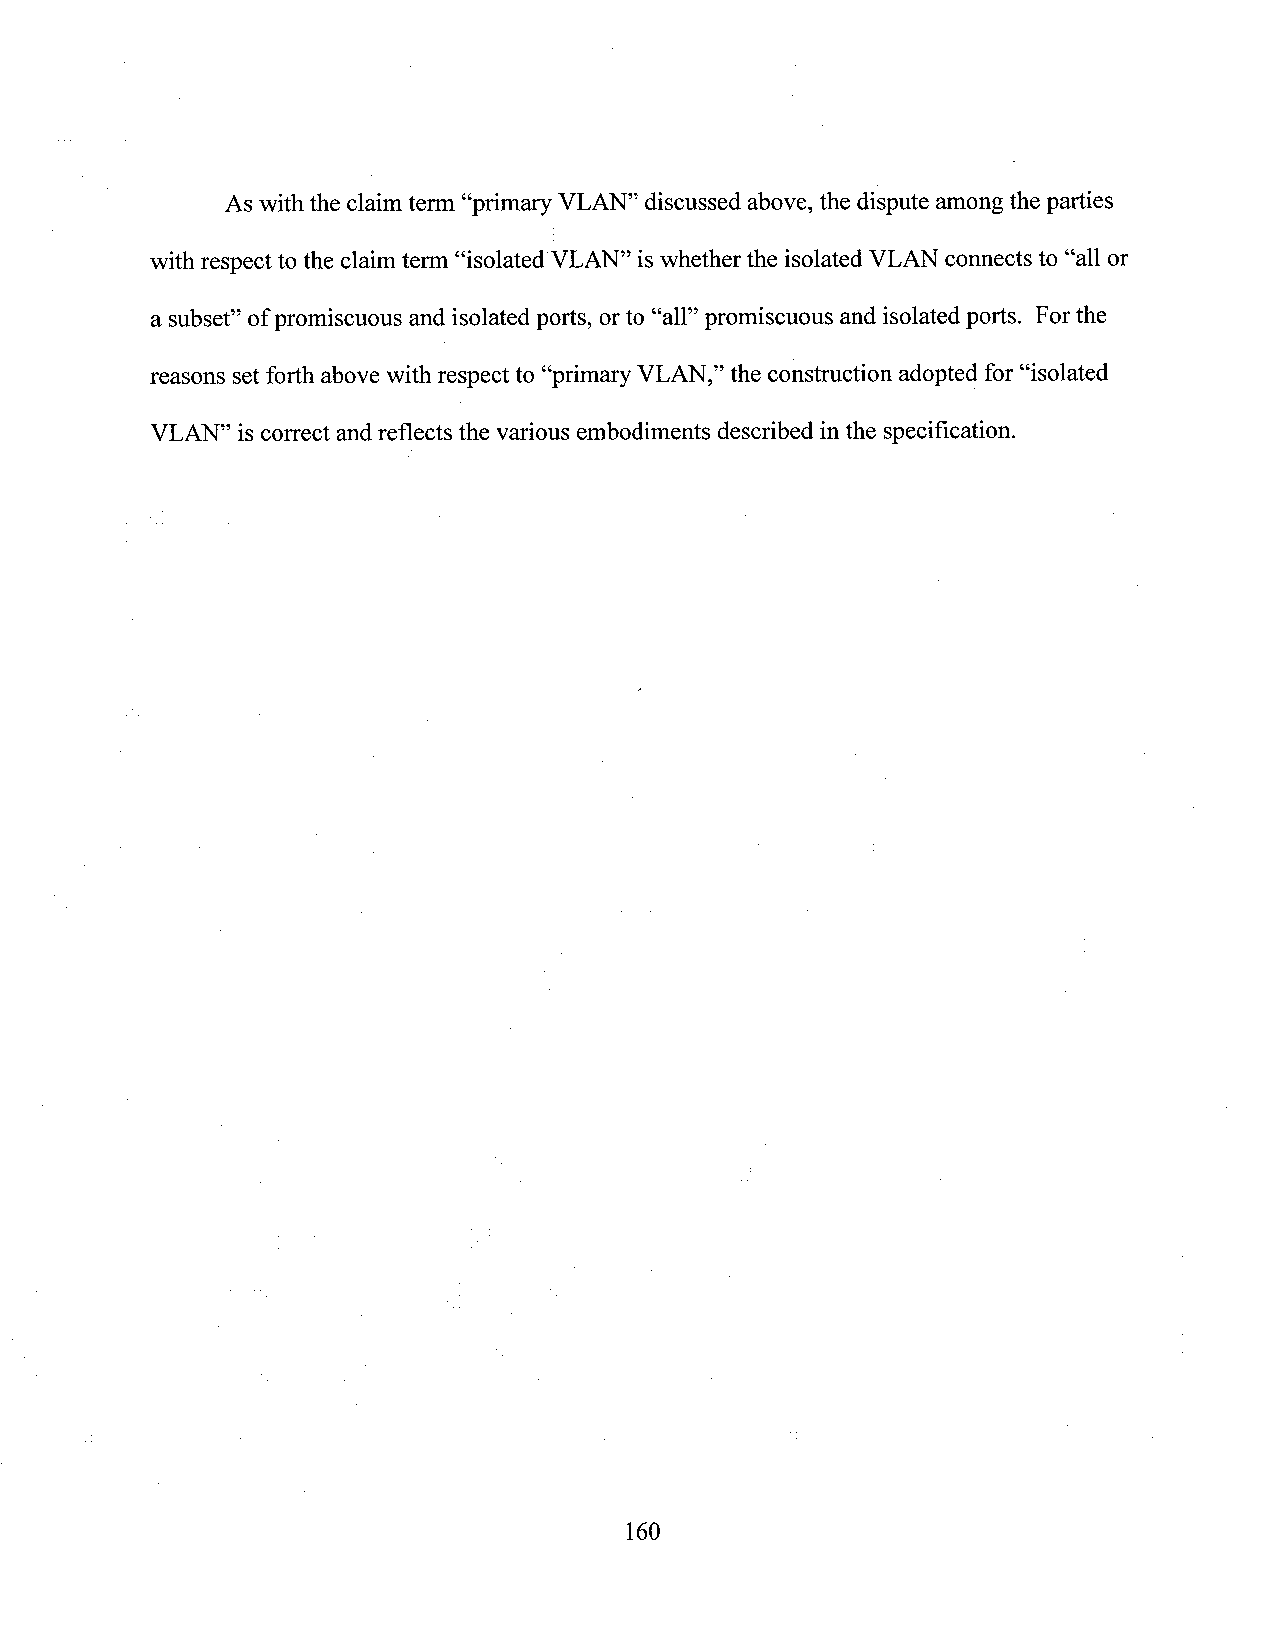
As with the claimterm “primary VLAN” discussed above, the dispute among the parties
 with respectto the claim term “isolated VLAN” iswhether the isolated VLAN connects to “all or
 a subset” of promiscuous and isolated polts, orto “all” promiscuous andisolated ports. For the
 reasons setforth above Withrespect to “primary VLAN,” the construction adopted for “isolated
 VLAN” iscorrect a.ndreflects the various embodiments described inthe specification.
 160